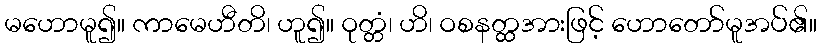
မဟောမူ၍။ ကာမေဟီတိ၊ ဟူ၍။ ဝုတ္တံ၊ ဟိ၊ ဝစနတ္ထအားဖြင့် ဟောတော်မူအပ်၏။